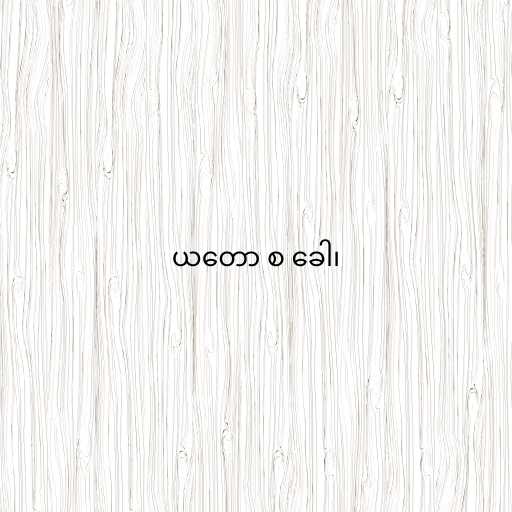
ယတော စ ခေါ၊